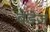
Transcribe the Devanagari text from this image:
बेडेज़